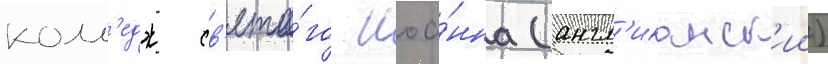
колл'едж св'ято́го иоа́нна (англ'иканск'ии)